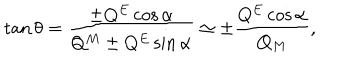
LaTeX: \tan \theta = \frac { \pm Q ^ { E } \cos \alpha } { Q ^ { M } \pm Q ^ { E } \sin \alpha } \simeq \pm \frac { Q ^ { E } \cos \alpha } { Q _ { M } } ,